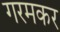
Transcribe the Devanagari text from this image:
गरमकर